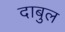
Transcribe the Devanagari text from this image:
दाबुल